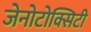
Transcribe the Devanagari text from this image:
जेनोटोक्सिटी